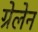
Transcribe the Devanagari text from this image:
ग्रेलेन